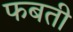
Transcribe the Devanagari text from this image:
फबती